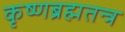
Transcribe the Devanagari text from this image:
कृष्णब्रह्मतन्त्र